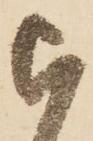
被